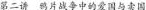
第二讲 鸦片战争中的爱国与卖国